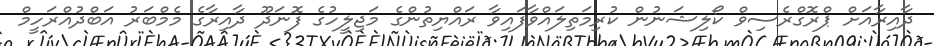
ދާއިރާއަށް ޕްރޮގްރެސިވް ކޯލިޝަނުން ކުރިމަތިލައްވާފައިވާ ރައްޔިތުންގެ މަޖިލީހުގެ ފޮނަދޫ ދާއިރާގެ މެމްބަރު އަބްދުއްރަހީމް